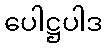
ပေါဋ္ဌပါဒ